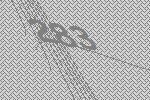
283